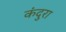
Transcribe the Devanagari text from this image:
कंदुरा